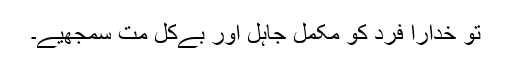
تو خدارا فرد کو مکمل جاہل اور بےکل مت سمجھیے۔